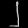
Digit: ၂